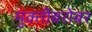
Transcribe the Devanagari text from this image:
मुक्तीबरोबर